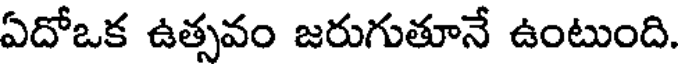
ఏదోఒక ఉత్సవం జరుగుతూనే ఉంటుంది.